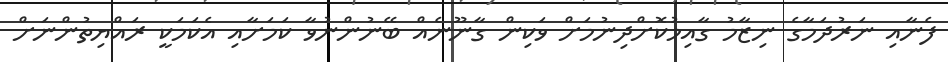
ފެނާއި ނަރުދަމާގެ ނިޒާމު ގާއިމުކޮށްދިނުމަށް ވަކިން ގާނޫނެއް ބޭނުންނުވާ ކަމަށާއި އެކަމަކީ ރައްޔިތުންނަށް